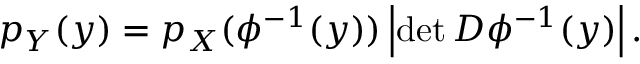
p _ { Y } ( y ) = p _ { X } ( \phi ^ { - 1 } ( y ) ) \left| \operatorname* { d e t } D \phi ^ { - 1 } ( y ) \right| .